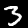
Label: 3